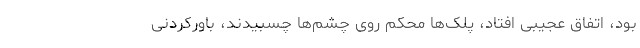
بود، اتفاق عجیبی افتاد، پلک‌ها محکم روی چشم‌ها چسبیدند، باورکردنی